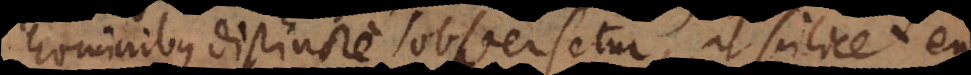
hominibus distincte obversetur, ut scilicet eum